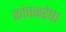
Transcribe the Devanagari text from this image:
कांचनरेषा